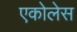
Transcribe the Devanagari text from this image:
एकोलेस